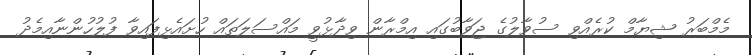
މެމްބަރު ޝިޔާމް ކުރެއްވި ސުވާލުގެ ޖަވާބުގައި އިމްރާން ވިދާޅުވީ މައްސަލަތައް ހުށައެޅިފައިވާ ފުލުހުންނާއިމެދު